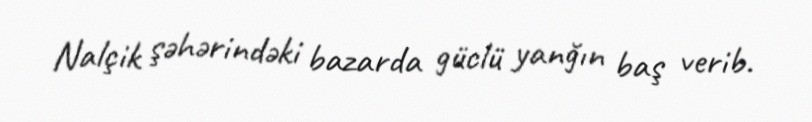
Nalçik şəhərindəki bazarda güclü yanğın baş verib.